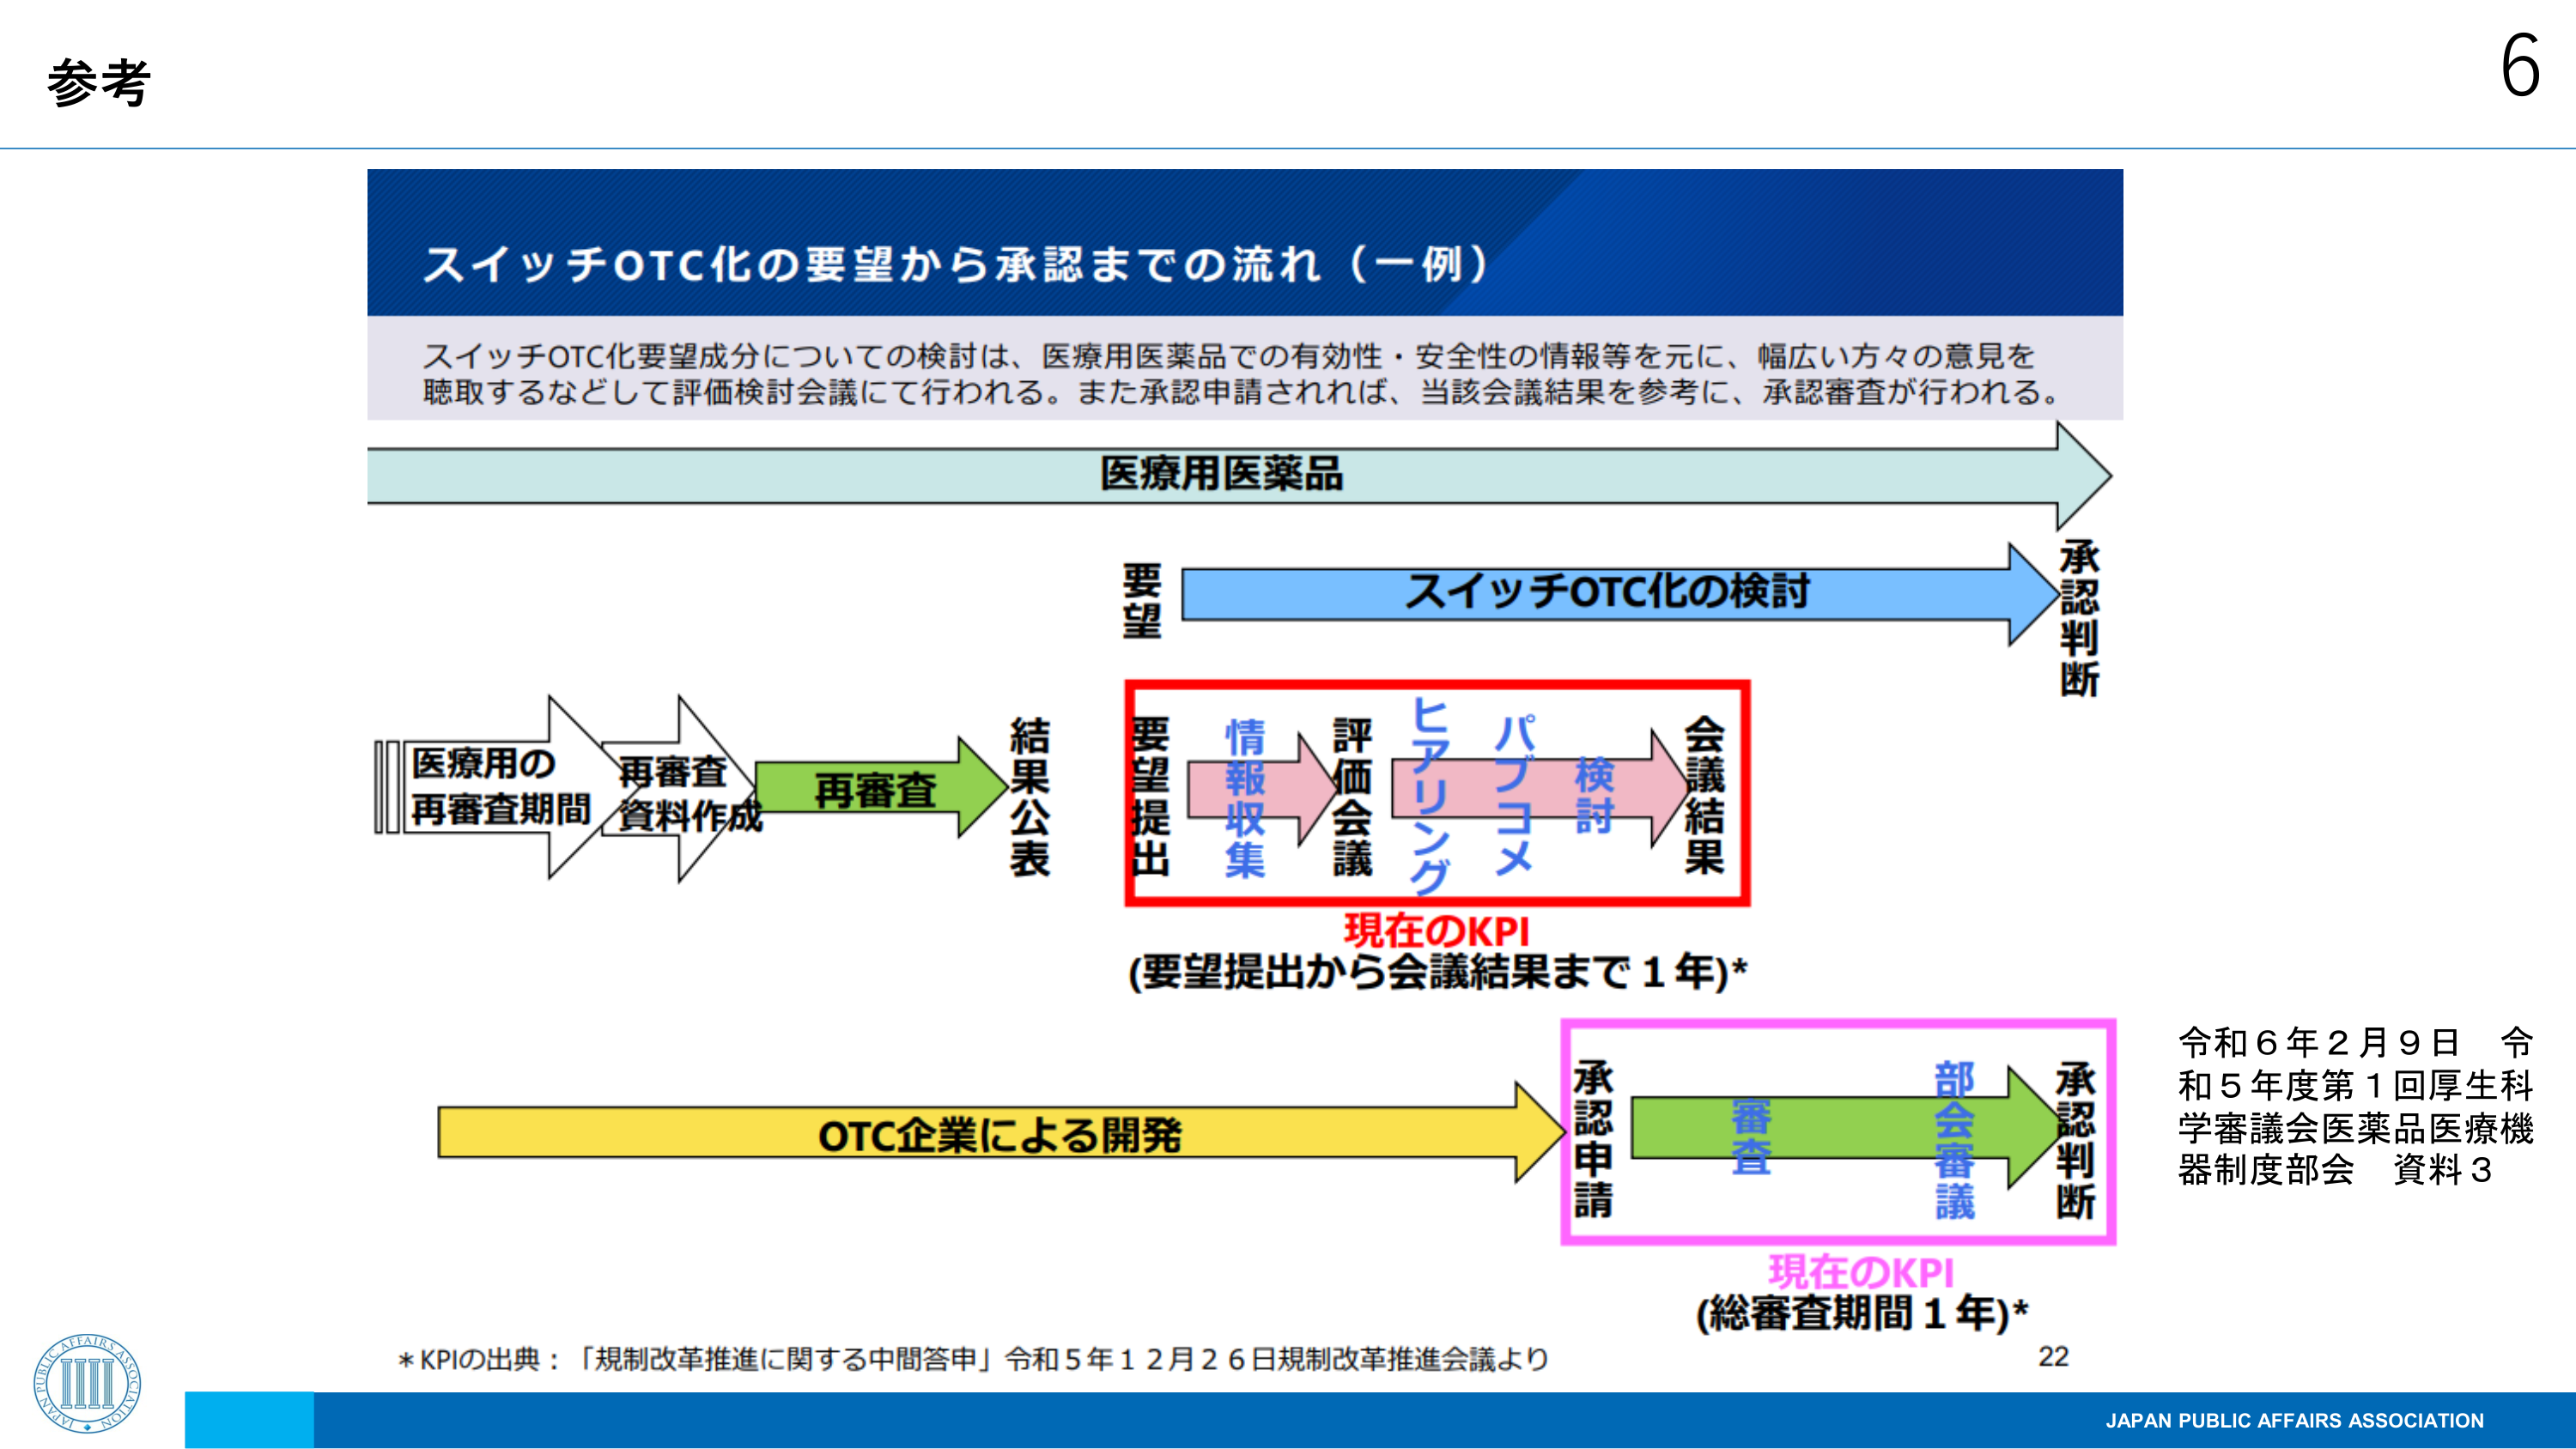
参考

スイッチOTC化の要望から承認までの流れ（一例）

スイッチOTC化要望成分についての検討は、医療用医薬品での有効性・安全性の情報等を元に、幅広い方々の意見を
聴取するなどして評価検討会議にて行われる。また承認申請されれば、当該会議結果を参考に、承認審査が行われる。

医療用医薬品

要望
スイッチOTC化の検討
承認判断

医療用の
再審査期間
再審査
資料作成
再審査
結果公表

要望提出
情報収集
評価会議
ヒアリング
パブコメ
検討
会議結果

現在のKPI
(要望提出から会議結果まで1年)*

OTC企業による開発
承認申請
審査
部会審議
承認判断

現在のKPI
(総審査期間1年)*

令和6年2月9日 令
和5年度第1回厚生科
学審議会医薬品医療機
器制度部会 資料3

*KPIの出典：「規制改革推進に関する中間答申」令和5年12月26日規制改革推進会議より

22

JAPAN PUBLIC AFFAIRS ASSOCIATION

6